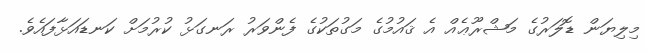
މިލިޔަން ޑޮލަރުގެ މަޝްރޫޢެއް އެ ޤައުމުގެ މަގުތަކުގެ ފެންވަރު ރަނގަޅު ކުރުމަށް ކަނޑައަޅާފައެވެ.